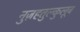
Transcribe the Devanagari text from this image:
नुज़हतुल्कुलूब